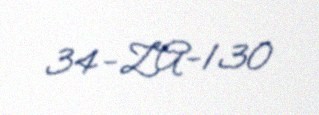
34-ZA-130